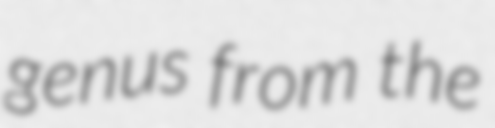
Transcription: genus from the